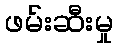
ဖမ်းဆီးမှု